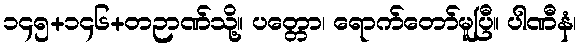
၁၄၅+၁၄၆+တဉာဏ်သို့။ ပတ္တော၊ ရောက်တော်မူပြီ။ ပါဏီနံ၊